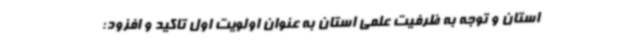
استان و توجه به ظرفیت علمی استان به عنوان اولویت اول تاکید و افزود: